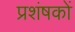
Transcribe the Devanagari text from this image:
प्रशंषकों